Annual statistical returns and brief notes on vaccination in Bengal - 1896-1909
Year: 1896
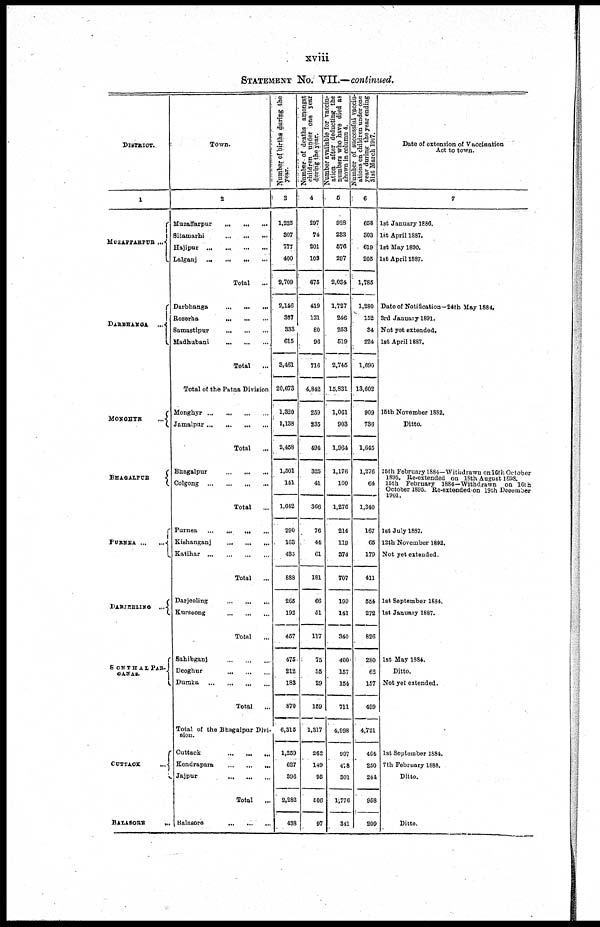
xviii
STATEMENT No. VII.—continued.
DISTRICT.
1
MUZAFFARPUR ...
DARBHANGA ...
MONGHYR
...
BHAGALPUR
PURAEA ... ...
DARJEELING ...
SOHTHALPAR¬
GANAS.
CUTTACK
...
BALASORE
...
Town.
2
Muzaffarpur
...
...
...
Sitamarhi ... ... ...
Hajipur
...
...
...
...
Lalganj
...
...
...
...
Total
...
Darbhanga
...
...
...
Roserha
...
...
...
Samastipur
...
...
...
Madhubani ... ... ...
Total
...
Total of the Patna Division
Monghyr
...
...
...
...
Jamalpur ... ... ... ...
Total ...
Bhagalpur
...
...
...
Colgong
...
...
...
...
Total
...
Purnea
...
...
...
...
Kishanganj ... ... ...
Katihar ... ... ... ...
Total ...
Darjeeling
...
...
...
Kurseong
...
...
...
Total ...
Sahibganj
...
...
...
Deoghur
...
...
...
Dumka
...
...
...
...
Total ...
Total of the Bhagalpur Divi-
sion.
Cuttack ... ... ...
Kendrapara
...
...
...
Jajpur
...
...
...
Total ...
Balasore
...
...
...
Number of births during the
year.
3
1,225
307
777
400
2,709
2,146
307
333
615
3,461
20,673
1,320
1,138
2,458
1,501
141
1,642
290
163
435
888
265
192
457
475
212
183
870
6,315
1,259
627
396
2,282
438
Number of deaths amongst
children under one year
during the year.
4
297
74
201
103
675
419
121
80
96
716
4,842
259
235
494
325
41
366
76
44
61
181
66
51
117
75
55
29
159
1,317
262
149
95
506
97
Number available for vaccin-
ation after deducting the
numbers who have died as
shown in column 4.
5
928
233
576
297
2,034
1,727
246
253
519
2,745
15,831
1,061
903
1,964
1,176
100
1,276
214
119
374
707
199
141
340
400
157
154
711
4,998
997
478
301
1,776
341
Number of successful vaccin¬
ations on children under one
year during the year ending
31st March 1907.
6
658
303
619
205
1,785
1,280
152
34
224
1,690
13,602
909
736
1,645
1,276
64
1,340
167
65
179
411
554
272
826
280
62
157
499
4,721
464
250
244
958
209
Date of extension of Vaccination
Act to town.
7
1st January 1886.
1st April 1887.
1st May 1890.
1st April 1887.
Date of Notification—24th May 1884.
3rd January 1891.
Not yet extended.
1st April 1887.
15th November 1882.
Ditto.
15th February 1884—Withdrawn on 16th October
1895. Re-extended on 18th August 1898.
15th February 1884—Withdrawn on 16th
October 1895. Re-extended on 19th December
1901.
1st July 1887.
l2th November 1892.
Not yet extended.
1st September 1884.
1st January 1887.
1st May 1884.
Ditto.
Not yet extended.
1st September 1884.
7th February 1888.
Ditto.
Ditto.